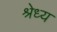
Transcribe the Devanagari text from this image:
श्रेध्य